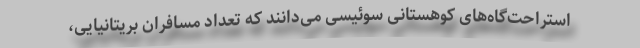
استراحت‌گاه‌های کوهستانی سوئیسی می‌دانند که تعداد مسافران بریتانیایی،